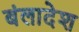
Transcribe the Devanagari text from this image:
बंलादेश